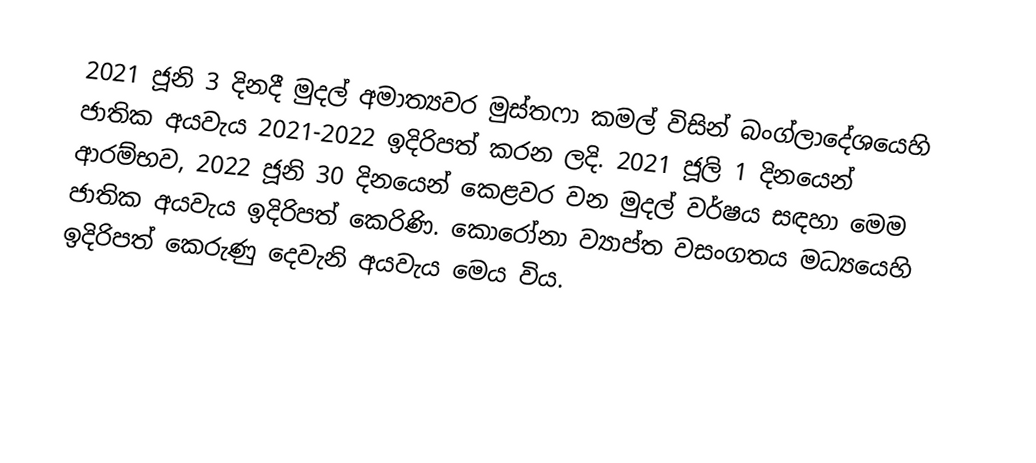
2021 ජූනි 3 දිනදී  මුදල් අමාත්‍යවර  මුස්තෆා කමල්  විසින් බංග්ලාදේශයෙහි ජාතික අයවැය 2021-2022 ඉදිරිපත් කරන ලදි. 2021 ජූලි 1 දිනයෙන් ආරම්භව, 2022 ජූනි 30 දිනයෙන් කෙළවර වන මුදල් වර්ෂය සඳහා මෙම ජාතික අයවැය ඉදිරිපත් කෙරිණි. කොරෝනා ව්‍යාප්ත වසංගතය මධ්‍යයෙහි ඉදිරිපත් කෙරුණු දෙවැනි අයවැය මෙය විය.